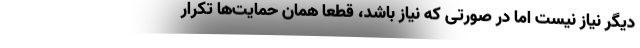
دیگر نیاز نیست اما در صورتی که نیاز باشد، قطعا همان حمایت‌ها تکرار